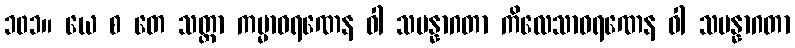
၁၀၁။ ယေ စ တေ သတ္တာ ကမ္မာဝရဏေန ဝါ သမန္နာဂတာ ကိလေသာဝရဏေန ဝါ သမန္နာဂတာ